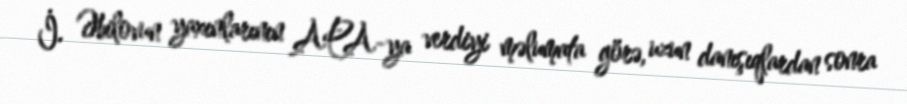
İ. Əbilovun yaxınlarının APA-ya verdiyi məlumata görə, uzun danışıqlardan sonra